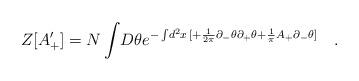
LaTeX: \begin{align*}Z[A_{+}^{\prime} ] = N \int \! D \theta e^{-\int \! d^2 x \,[ +\frac{1}{2 \pi} \partial_{-} \theta \partial_{+} \theta +\frac{1}{\pi} A_{+} \partial_{-}\theta ] } \quad.\end{align*}